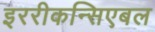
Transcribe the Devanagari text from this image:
इररीकन्सिएबल